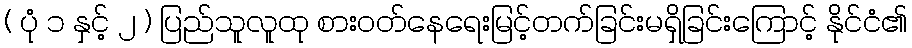
( ပုံ ၁ နှင့် ၂ ) ပြည်သူလူထု စားဝတ်နေရေးမြင့်တက်ခြင်းမရှိခြင်းကြောင့် နိုင်ငံ၏